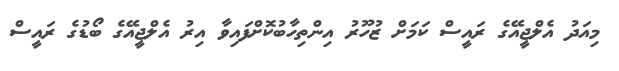
މިއަދު އެލްޖީއޭގެ ރައީސް ކަމަށް ޒުހޫރު އިންތިހާބުކޮށްފައިވާ އިރު އެލްޖީއޭގެ ބޯޑުގެ ރައީސް